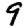
Digit: 9